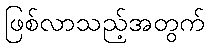
ဖြစ်လာသည့်အတွက်